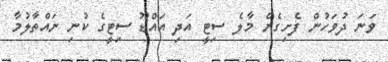
ވަނަ ދުވަހުން ފެށިގެން މާލެ ސިޓީ އަދި އައްޑޫ ސިޓީގެ ކުނި ނައްތާލުމާ